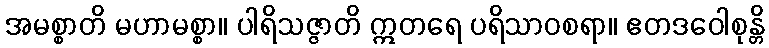
အမစ္စာတိ မဟာမစ္စာ။ ပါရိသဇ္ဇာတိ ဣတရေ ပရိသာဝစရာ။ ဧတဒဝေါစုန္တိ